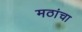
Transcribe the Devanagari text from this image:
मठांचा